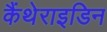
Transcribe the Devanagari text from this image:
कैंथेराइडिन